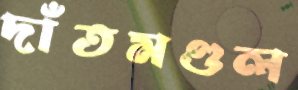
দাঁতমণ্ডল